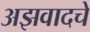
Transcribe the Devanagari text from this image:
अझवादचे